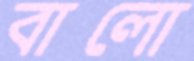
বালো